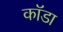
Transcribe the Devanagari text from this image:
कॉडा